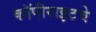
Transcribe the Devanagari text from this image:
कॉपीराइटचे